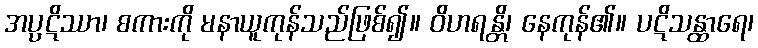
အပ္ပဋိဿာ၊ စကားကို မနာယူကုန်သည်ဖြစ်၍။ ဝိဟရန္တိ၊ နေကုန်၏။ ပဋိသန္ထာရေ၊